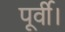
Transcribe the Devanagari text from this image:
पूर्वी।